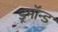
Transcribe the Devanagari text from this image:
ड्रमॉन्ड